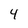
Character: 4